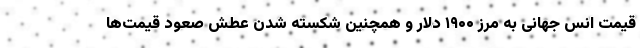
قیمت انس جهانی به مرز ۱۹۰۰ دلار و همچنین شکسته شدن عطش صعود قیمت‌ها